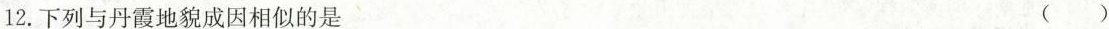
2.下列与丹霞地貌成因相似的是 ()